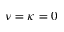
\nu = \kappa = 0